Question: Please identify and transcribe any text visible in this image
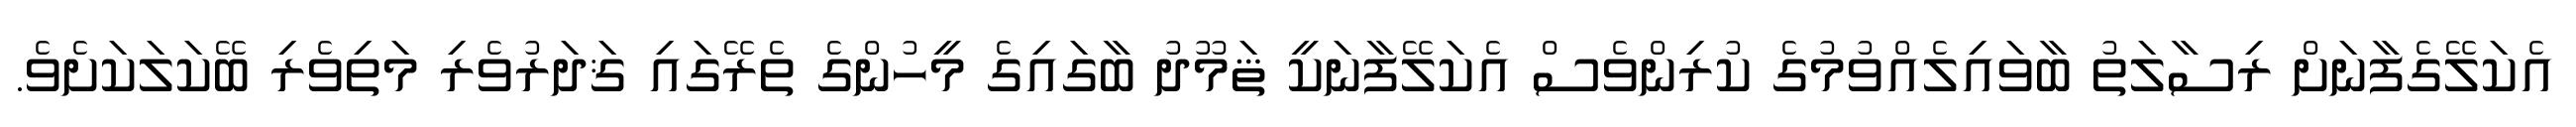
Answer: އެކަލޭގެފާނަށް ރިސާލަތު ބާވައިލެއްވުމުގެ ކުރިންވެސް އެކަލޭފާނަކީ ޘަމޫދު ބާގައިގެ މީހުންގެ ތެރޭގައި ޤަދަރުވެރި މަތިވެރި ބޭކަލަކަށެވެ.